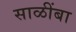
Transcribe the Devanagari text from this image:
साळींबा